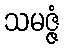
သမဇ္ဇံ